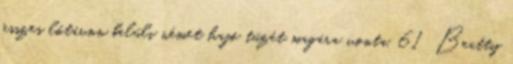
összes lőtávon belüli német hajó tüzét magára vonta. 61 Beatty